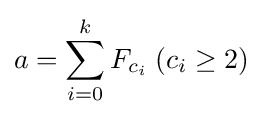
a=\sum _{i=0}^{k}F_{c_{i}}\;(c_{i}\geq 2)